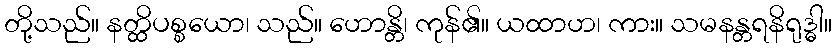
တို့သည်။ နတ္ထိပစ္စယော၊ သည်။ ဟောန္တိ၊ ကုန်၏။ ယထာဟ၊ ကား။ သမနန္တရနိရုဒ္ဓါ။